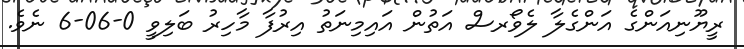
ރީޔޫނިއަންގެ އަންގެލާ ލެވޯރސް އަތުން އައިމިނަތު އިރުފާ މާހިރު ބަލިވީ 0-06-6 ނެވެ.